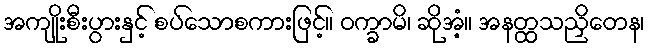
အကျိုးစီးပွားနှင့် စပ်သောစကားဖြင့်။ ဝက္ခာမိ၊ ဆိုအံ့။ အနတ္ထသညှိတေန၊